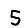
Digit: 5